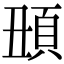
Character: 𩑧